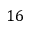
1 6